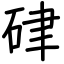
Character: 硉